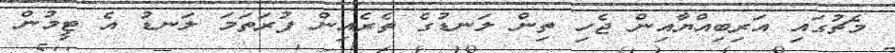
މެޗުގައި އަރިބިއްޔާއިން ޖެހި ތިން ލަނޑުގެ ތެރެއިން ފުރަތަމަ ލަނޑު އެ ޓީމުން